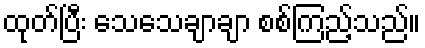
ထုတ်ပြီး သေသေချာချာ စစ်ကြည့်သည်။